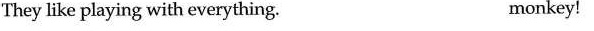
They like playing with everything . monkey!